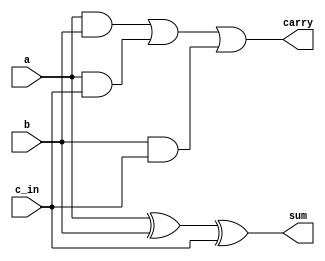
module full_adder (a, b, c_in, carry, sum);
     input a, b, c_in;
     output carry, sum;

     assign carry = (a & b) | (a & c_in) | (b & c_in);
     assign sum = a ^ b ^ c_in;

endmodule